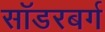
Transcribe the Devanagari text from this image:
सॉडरबर्ग